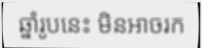
ឆ្នាំរូបនេះ មិនអាចរក